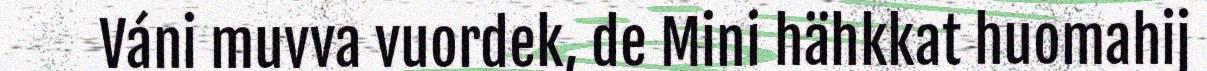
Váni muvva vuordek, de Mini hähkkat huomahij